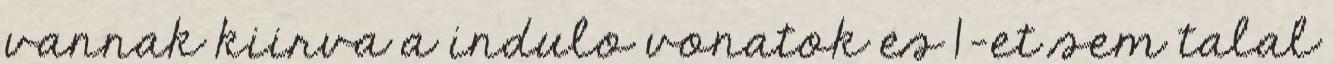
vannak kiirva a indulo vonatok es 1-et sem talal